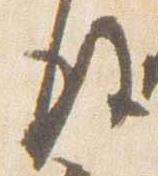
後